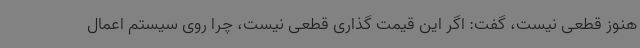
هنوز قطعی نیست، گفت: اگر این قیمت گذاری قطعی نیست، چرا روی سیستم اعمال